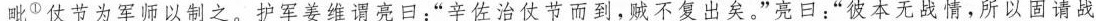
毗①仗节为军师以制之。护军姜维谓亮日：”辛佐治仗节而到，贼不复出矣。”亮日：”彼本无战情，所以固请战